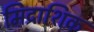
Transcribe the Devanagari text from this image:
मिद्राशिक